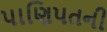
પાણિપતની